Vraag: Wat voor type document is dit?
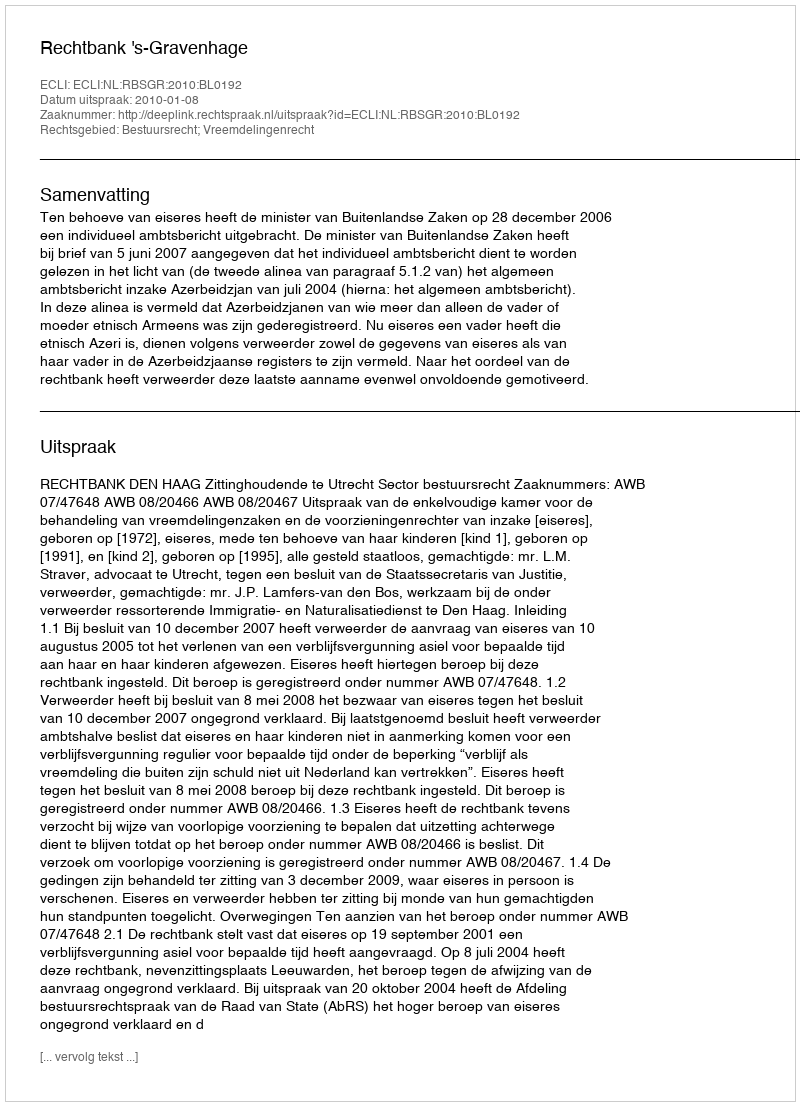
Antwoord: Uitspraak